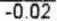
-0.02